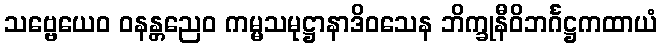
သဗ္ဗေယေဝ ဝနန္တညေဝ ကမ္မသမုဋ္ဌာနာဒိဝသေန ဘိက္ခုနီဝိဘင်္ဂဋ္ဌကထာယံ